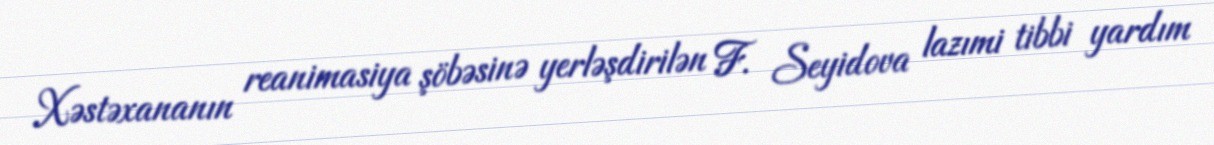
Xəstəxananın reanimasiya şöbəsinə yerləşdirilən F. Seyidova lazımi tibbi yardım